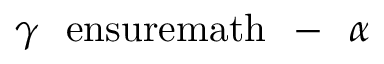
\ensuremath { \gamma } \mathrm { \mathrm { ~ \ e n s u r e m a t h ~ { ~ - ~ } ~ } } \ensuremath { \alpha }